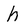
Character: h